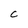
Character: C